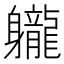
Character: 䡁